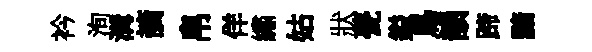
衿洵溝謫帛佯繡姑狀甍鎰鳥韻蹄黯